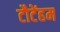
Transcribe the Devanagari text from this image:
टौटेंहम